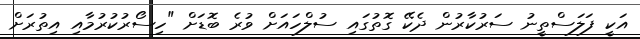
އަކީ ފަލަސްތީނު ސަރުކާރުން ދެކޭ ގޮތުގައި ސުލްހައަށް ވުރެ ބޮޑަށް "ހިސޯރުކުރުމާއި އިތުރަށް